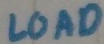
Text: LOAD